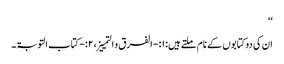
‘‘
ان کی دوکتابوں کے نام ملتے ہیں: ۱:- الفرق و التمییز، ۲:-کتاب التوبۃ ۔